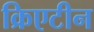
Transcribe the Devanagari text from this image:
क्रिएटीन